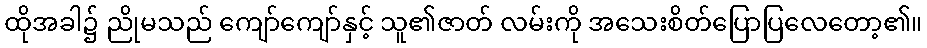
ထိုအခါ၌ ညိုမသည် ကျော်ကျော်နှင့် သူ၏ဇာတ် လမ်းကို အသေးစိတ်ပြောပြလေတော့၏။